Vaccination in Burma 1912-1922 - 1912-1922
Year: 1912
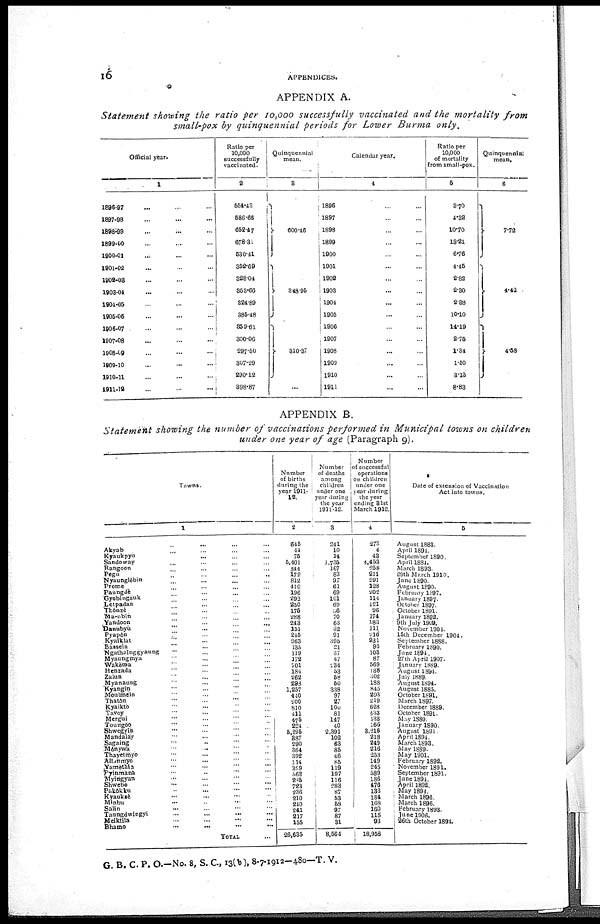
16
APPENDICES.
APPENDIX A.
Statement showing the ratio per 10,000 successfully vaccinated and the mortality
from
small-pox by quinquennial periods for Lower Burma
only.
Official year.
1
1896-97 ... ... ...
1897-98 ... ... ...
1898-99
...
... ...
1899-00 ... ... ...
1900-01 ... ... ...
1901-02 ... ... ...
1902-03 ... ... ...
1903-04 ... ... ...
1904-05 ... ... ...
1905-06 ... ... ...
1906-07 ... ... ...
1907-08 ... ... ...
1908-09 ... ... ...
1900-10 ... ... ...
1910-11 ... ... ...
1911-12 ... ... ...
Ratio per
10,000
successfully
vaccinated.
2
554.43
586.66
652.47
678.31
530.41
352.69
328.04
353.66
324.89
385.48
359.61
300.06
297.50
307.29
290.12
398.87
Quinquennial
mean.
3
600.46
348.95
310.37
...
Calendar year.
4
1896 ... ...
1897 ... ...
1898 ... ...
1899 ... ...
1900 ... ...
1901 ... ...
1902 ... ...
1903 ... ...
1904 ... ...
1905 ... ...
1906 ... ...
1907 ... ...
1908 ... ...
1909 ... ...
1910 ... ...
1911... ...
Ratio per
10,000
of mortality
from small-pox.
5
3.70
4.32
10.70
13.21
6.76
4.45
2.82
2.30
2.38
10.10
14.19
2.75
1.34
1.50
3.13
8.83
Quinquennial
mean.
6
7.72
4.42
4.58
APPENDIX B.
Statement showing the number of vaccinations performed in Municipal towns on children
under one year of age (Paragraph 9).
Towns.
1
Akyab ... ... ... ...
Kyaukpyu ... ... ... ...
Sandoway ... ... ... ...
Rangoon ... ... ... ...
Pegu ... ... ... ...
Nyaunglèbin ... ... ... ...
Prome ... ... ... ...
Paungdè ... ... ... ...
Gyobingauk ... ... ... ...
Letpadan ... ... ... ...
Thônzè ... ... ... ...
Ma-ubin ... ... ... ...
Yandoon ... ... ... ...
Danubyu ... ... ... ...
Pyapôn ... ... ... ...
Kyaiklat ... ... ... ...
Bassein ... ... ... ...
Ngathainggyaung ... ... ... ...
Myaungmya ... ... ... ...
Wakèma ... ... ... ...
Henzada ... ... ... ...
Zaiun ... ... ... ...
Myanaung ... ... ... ...
Kyangin ... ... ... ...
Moulmein ... ... ... ...
Thatôn ... ... ... ...
Kyaikto ... ... ... ...
Tavoy ... ... ... ...
Mergui ... ... ... ...
Toungoo ... ... ... ...
Shwegyin ... ... ... ...
Mandalay ... ... ... ...
Sagaing ... ... ... ...
Mônywa ... ... ... ...
Thayetmyo ... ... ... ...
Allanmyo ... ... ... ...
Yamèthla ... ... ... ...
Pyinmana ... ... ... ...
Myiagyan ... ... ... ...
Shwebo ... ... ... ...
Pakôkku ... ... ... ...
Kyauksè ... ... ... ...
Minbu ... ... ... ...
Salin ... ... ... ...
Taungdwlngyi ... ... ... ...
Meiktila ... ... ... ...
Bhamo
...
...
...
...
TOTAL ...
Number
of births
during the
year 1911-
12.
2
645
44
75
5,401
544
172
812
410
196
292
250
175
288
243
151
245
968
135
119
172
701
184
262
298
1,257
440
200
810
411
475
224
5,295
387
290
364
392
114
329
563
265
723
236
210
240
241
217
155
26,635
Number
of deaths
among
children
under one
year during
the year
1911-12.
3
241
10
14
1,735
167
83
97
61
69
101
69
56
70
63
32
91
395
21
37
47
234
53
58
60
338
97
27
100
81
147
40
2,391
102
63
85
46
85
119
197
116
283
87
53
58
97
87
31
8,564
Number
of successful
operations
on children
under one
year during
the year
ending 31st
March 1912.
4
273
4
43
4,453
258
211
291
128
202
114
121
96
174
183
111
216
931
93
103
87
569
138
302
188
845
293
219
628
433
133
166
3,216
218
249
216
253
149
245
589
186
476
133
184
168
160
115
93
18,956
Date of extension of Vaccination
Act into towns.
5
August 1883.
April 1894.
September 1890.
April 1884.
March 1893.
29th March 1910.
June 1890.
August 1890.
February 1897.
January 1897.
October 1897.
October 1891.
January 1892.
9th July 1909.
November 1901.
15th December 1904.
September 1888.
February 1890.
June 1894.
27th April 1907.
January 1889.
August 1814.
July 1889.
August 1894.
August 1885.
October 1891.
March 1897.
December 1889.
October 1891.
May 1889.
January 1890.
August 1891.
April 1894.
March 1893.
May 1889.
May 1901.
February 1892.
November 1891.
September 1891.
June 1894.
April 1892.
May 1894.
March 1896.
March 1896.
February 1893.
June 1906.
26th October 1894.
G. B. C. P. O.—No. 8, S. C., 13(b), 8-7-1912—480—T. V.